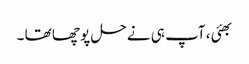
بھئی ، آپ ہی نے حل پو چھا تھا ۔